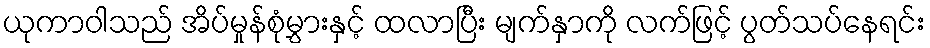
ယုကာဝါသည် အိပ်မှုန်စုံမွှားနှင့် ထလာပြီး မျက်နှာကို လက်ဖြင့် ပွတ်သပ်နေရင်း